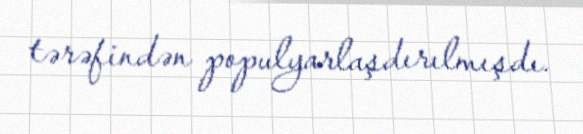
tərəfindən populyarlaşdırılmışdı.